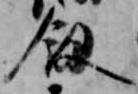
釼